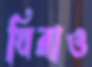
ঘিরাও